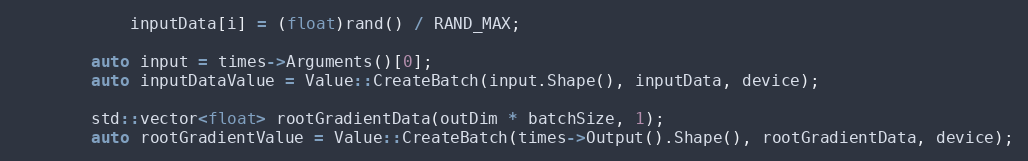
Language: C++
            inputData[i] = (float)rand() / RAND_MAX;

        auto input = times->Arguments()[0];
        auto inputDataValue = Value::CreateBatch(input.Shape(), inputData, device);

        std::vector<float> rootGradientData(outDim * batchSize, 1);
        auto rootGradientValue = Value::CreateBatch(times->Output().Shape(), rootGradientData, device);